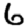
Digit: 6